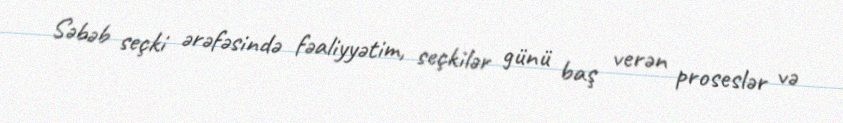
Səbəb seçki ərəfəsində fəaliyyətim, seçkilər günü baş verən proseslər və